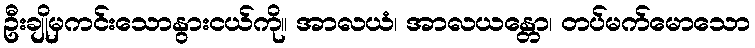
ဦးချိုမှကင်းသောနွားငယ်ကို။ အာလယံ၊ အာလယန္တော၊ တပ်မက်မောသော